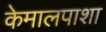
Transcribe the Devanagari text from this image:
केमालपाशा